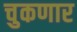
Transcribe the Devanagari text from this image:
चुकणार